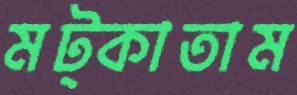
মট্‌কাতাম